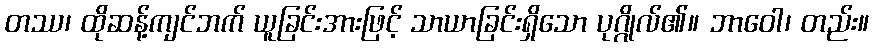
တဿ၊ ထိုဆန့်ကျင်ဘက် ယူခြင်းအားဖြင့် သာယာခြင်းရှိသော ပုဂ္ဂိုလ်၏။ ဘာဝေါ၊ တည်း။